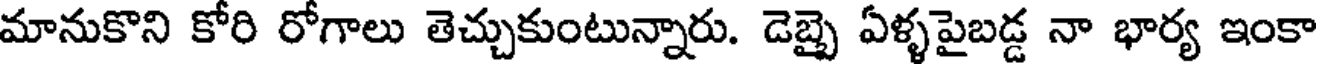
మానుకొని కోరి రోగాలు తెచ్చుకుంటున్నారు. డెబ్బై ఏళ్ళపైబడ్డ నా భార్య ఇంకా